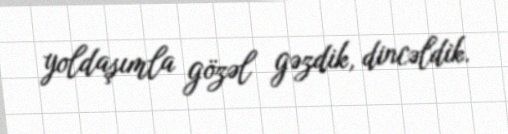
yoldaşımla gözəl gəzdik, dincəldik.